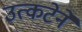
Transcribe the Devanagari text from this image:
उत्कटेने